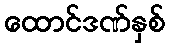
ထောင်ဒဏ်နှစ်